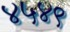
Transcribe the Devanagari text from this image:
४५४९